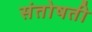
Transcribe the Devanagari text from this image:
संतोषती